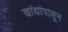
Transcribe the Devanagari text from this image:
खांद्यांपासून